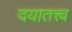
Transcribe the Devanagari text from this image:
दयातत्त्व